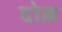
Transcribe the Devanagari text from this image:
दोल्ल